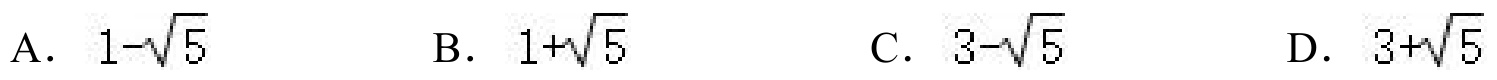
A. \(1 - \sqrt{5}\)  B. \(1+\sqrt{5}\)  C. \(3-\sqrt{5}\)  D. \(3+\sqrt{5}\)